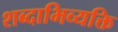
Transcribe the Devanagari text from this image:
शब्दाभिव्यक्ति